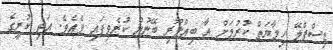
ޑިސްޕްލޭ ހިމާޔަތް ކުރުމަށް އާ ބިއްލޫރި ބޭނުން ކުރެވިފައި ވެއެވެ. އަދި ކުރީގެ